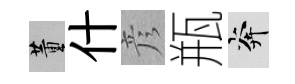
董什彦瓶奔